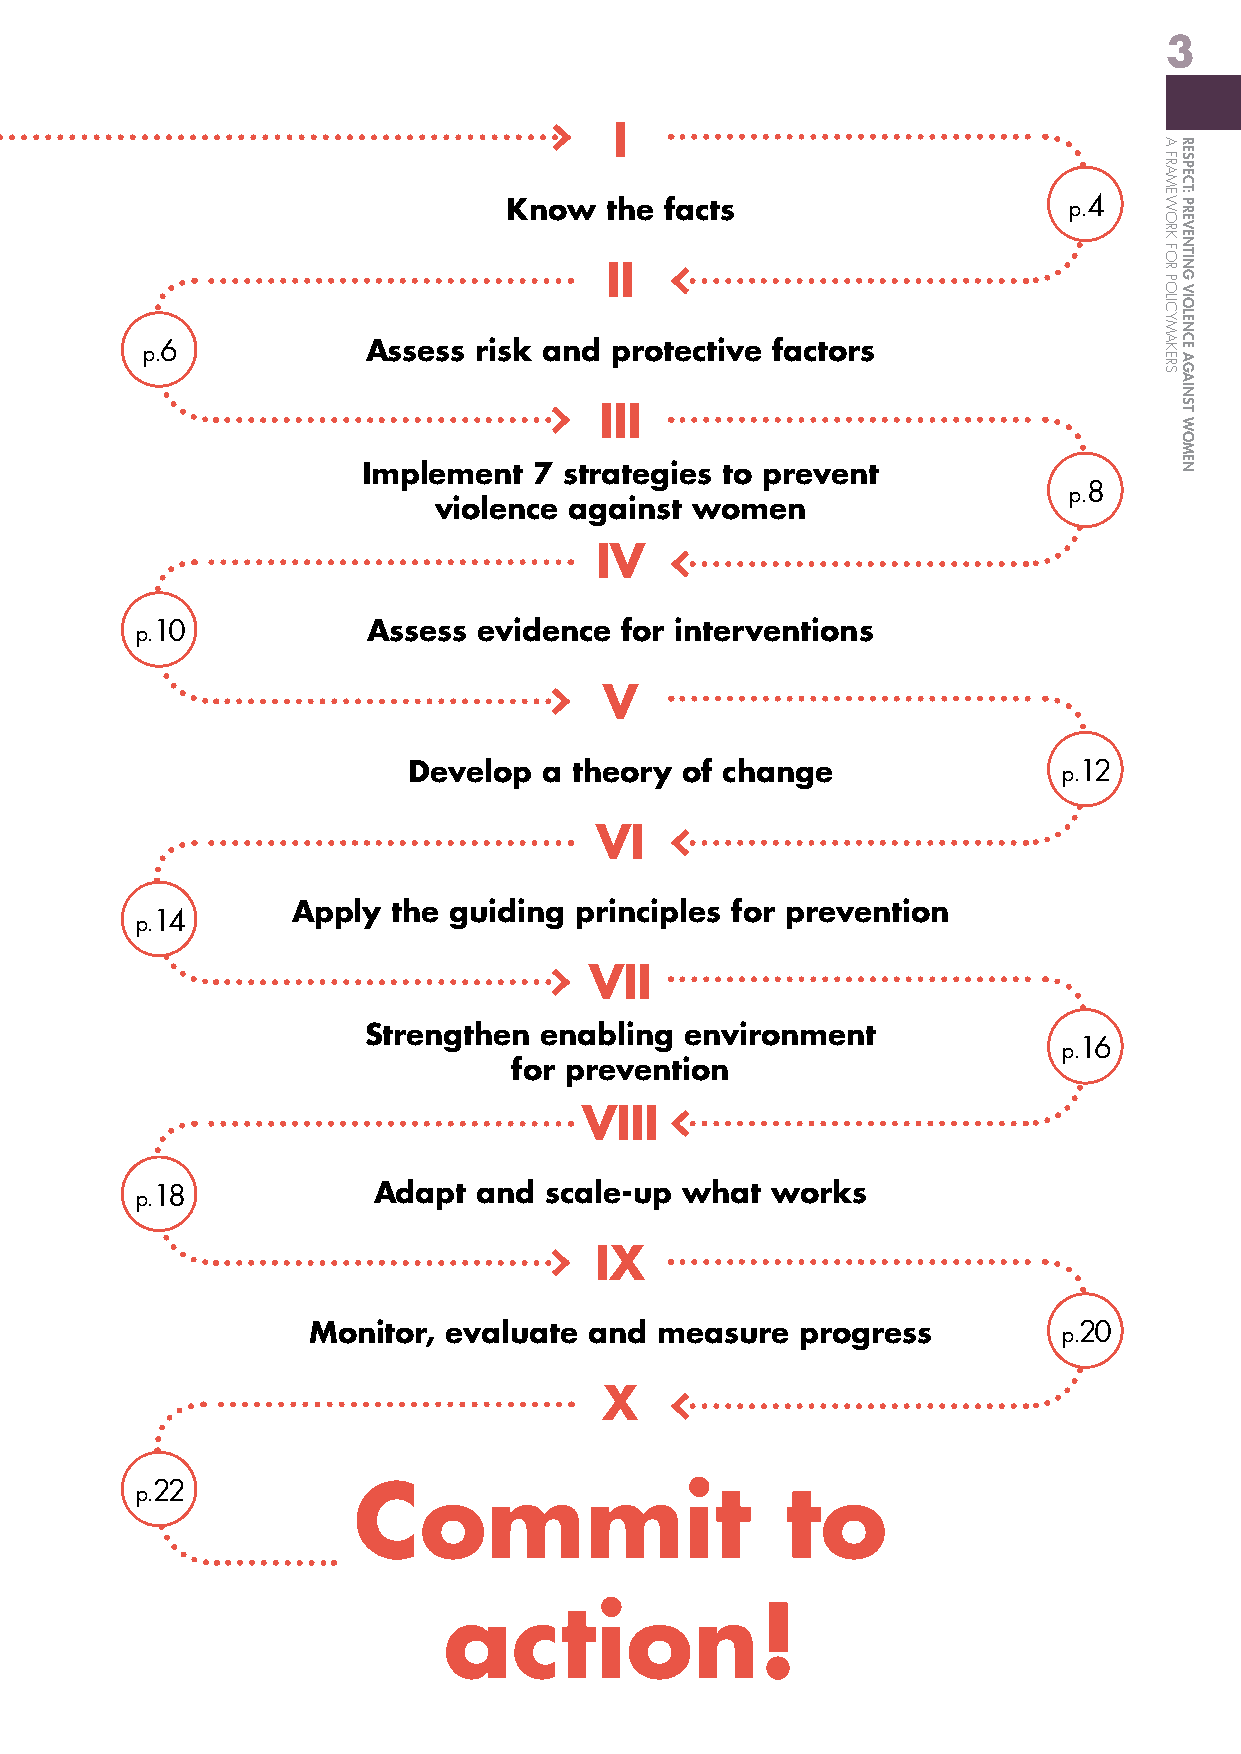
3
 I
 Know  the facts                      p.4
 II
 p.6            Assess  risk and protective factors
 III
 Implement  7 strategies to prevent
 p.8
 violence against women
 IV
 p.10           Assess  evidence for interventions
 V
 Develop  a theory of change                p.12
 VI
 Apply  the guiding principles for prevention
 p.14
 VII
 Strengthen  enabling environment
 p.16
 for prevention
 VIII
 p.18            Adapt  and scale-up what  works
 IX
 Monitor,  evaluate and measure   progress         p.20
 X
 p.22          Commit                       to
 action!
 A
 FRAMEWORK
 FOR
 POLICYMAKERS
 RESPECT:
 PREVENTING
 VIOLENCE
 AGAINST
 WOMEN